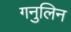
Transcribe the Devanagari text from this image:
गनुलिन